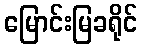
မြောင်းမြခရိုင်